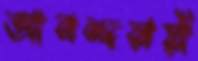
আনন্দময়ী